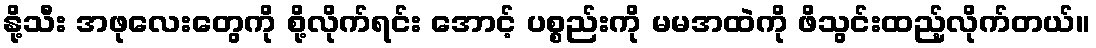
နို့သီး အဖုလေးတွေကို စို့လိုက်ရင်း အောင့် ပစ္စည်းကို မမအထဲကို ဖိသွင်းထည့်လိုက်တယ်။